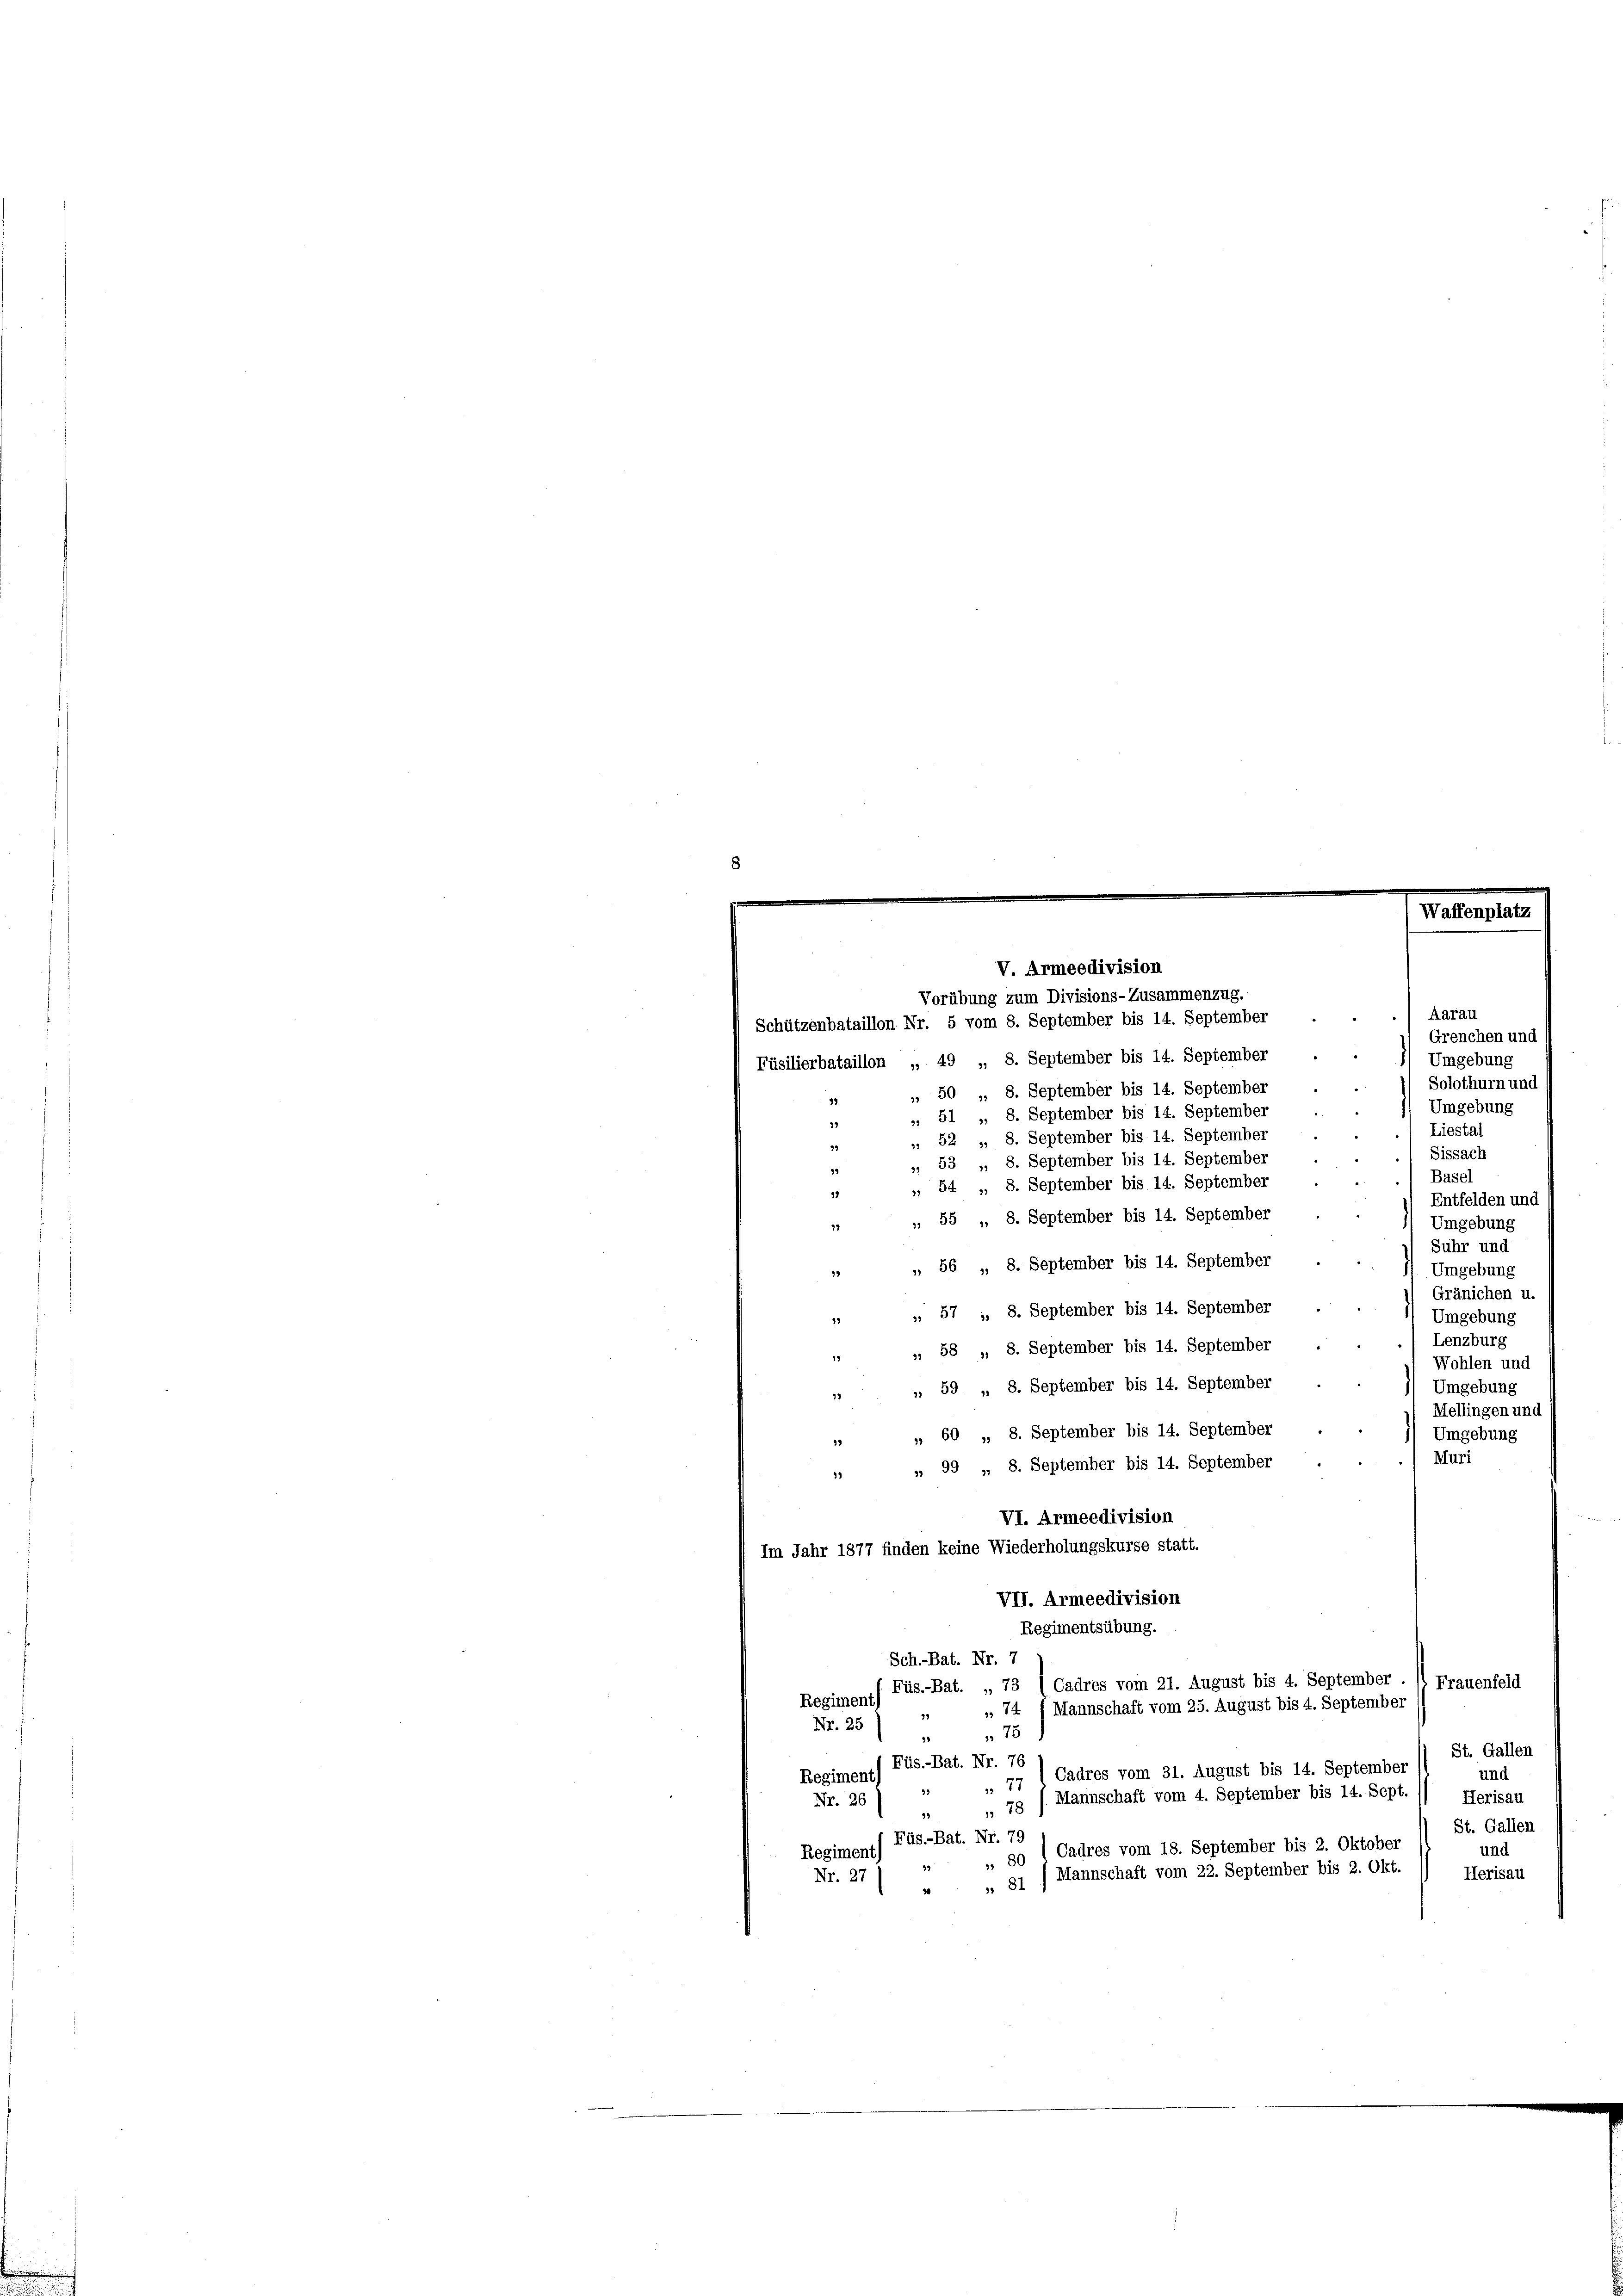
Vorübung zum Divisions-Zusammenzug.
Schützenbataillon Nr. 5 vom 8. September bis 14. September
Grenchen und
Füsilierbataillon „ 49 „ 8. September bis 14. September
Solothurn und
 50 „ 8. September bis 14. September
99
Umgebung
 51 „ 8. September bis 14. September
27
52 », 8. September bis 14. September
39
 Sissach
, 53 „, 8. September bis 14. September
34
) Basel
„ 54. „ 8. September bis 14. September
19
Entfelden und
, 55 „ 8. September bis 14. September
) Umgebung
17
Suhr und
, 56 „ 8. September bis 14. September
I) Umgebung
1
Gränichen u.
 " 57 - 8. September bis 14. September
1 Umgebung
Lenzburg
 " 58 „ 8. September bis 14. September .
Wohlen und
Umgebung
 " 59 „ 8. September bis 14. September
Mellingen und
 " 60 „ 8. September bis 14. September
Umgebung
Muri
 " 99 „, 8. September bis 14. September
VI. Armeedivision
Im Jahr 1877 finden keine Wiederholungskurse statt.
VII. Armeedivision
Regimentsübung.
Sch.-Bat. Nr. 7
Cadres vom 21. August bis 4. September
Frauenfeld
Füs.-Bat. „ 73
Regiments
 74 ( Mannschaft vom 25. August bis 4. September
Nr. 25
75
3
St. Gallen
Füs.-Bat. Nr. 76
Cadres vom 31. August bis 14. September
und
Regiment)
77
99
Mannschaft vom 4. September bis 14. Sept.
Herisau
Nr. 26 J
3 " 78
St. Gallen
Regiment) Füs.-Bat. Nr. 79
Cadres vom 18. September bis 2. Oktober
und
 80
94
Mannschaft vom 22. September bis 2. Okt.
Herisau
Nr. 27)
 81

V. Armeedivision

Aarau
1) Umgebung
Liestal

2